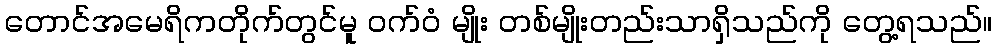
တောင်အမေရိကတိုက်တွင်မူ ဝက်ဝံ မျိုး တစ်မျိုးတည်းသာရှိသည်ကို တွေ့ရသည်။